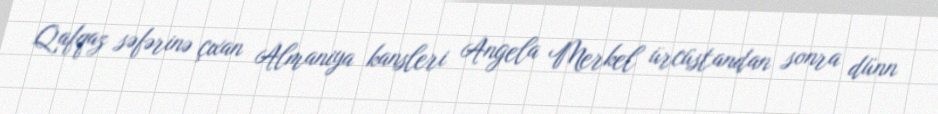
Qafqaz səfərinə çıxan Almaniya kansleri Angela Merkel ürcüstandan sonra dünn